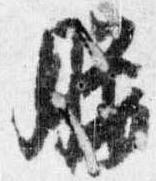
腰